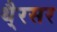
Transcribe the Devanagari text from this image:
थै्रसर